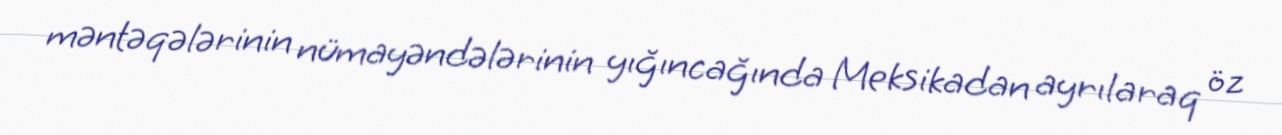
məntəqələrinin nümayəndələrinin yığıncağında Meksikadan ayrılaraq öz